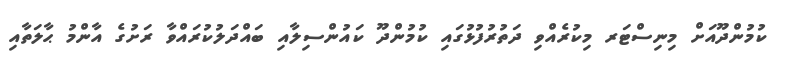
ކުމުންދޫއަށް މިނިސްޓަރ މިކުރެއްވި ދަތުރުފުޅުގައި ކުމުންދޫ ކައުންސިލާއި ބައްދަލުކުރައްވާ ރަށުގެ އާންމު ޙާލަތާއި